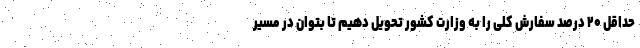
حداقل ۲۰ درصد سفارش کلی را به وزارت کشور تحویل دهیم تا بتوان در مسیر